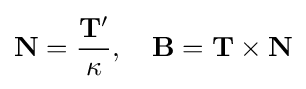
\mathbf {N} ={\frac {\mathbf {T} '}{\kappa }},\quad \mathbf {B} =\mathbf {T} \times \mathbf {N}